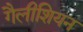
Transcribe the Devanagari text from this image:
गैलीशियन